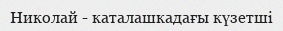
Николай - каталашкадағы күзетші